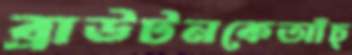
ব্রাউটনকেআঁচ্‌